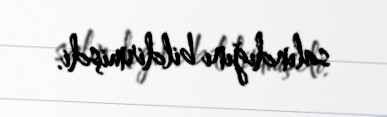
salındığını bildirmişdi.